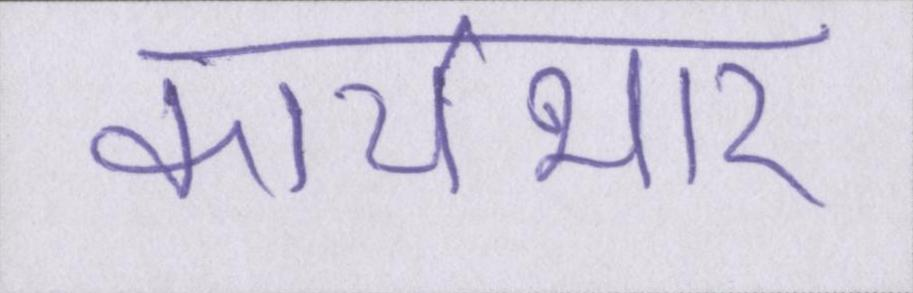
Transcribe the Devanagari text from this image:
कार्यभार